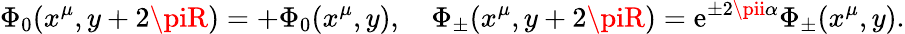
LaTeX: \Phi_{0}(x^{\mu},y+2\piR)=+\Phi_{0}(x^{\mu},y),\quad\Phi_{\pm}(x^{\mu},y+2\piR)=\mathrm{e}^{\pm2\pii\alpha}\Phi_{\pm}(x^{\mu},y).